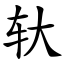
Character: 轪